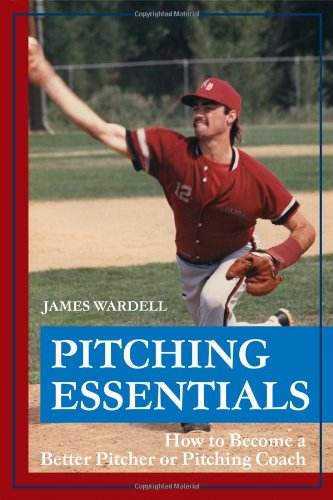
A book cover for Pitching Essentials: How to Become a Better Pitcher or Pitching Coach; James Wardell; Sports & Outdoors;